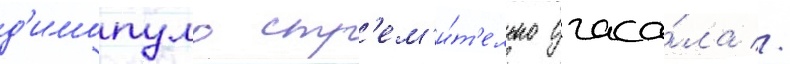
д'имопуло стр'ем'и́т'ельно угаса́ла //